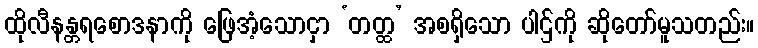
ထိုလီနန္တရစောဒနာကို ဖြေအံ့သောငှာ ‘တတ္ထ’ အစရှိသော ပါဌ်ကို ဆိုတော်မူသတည်း။